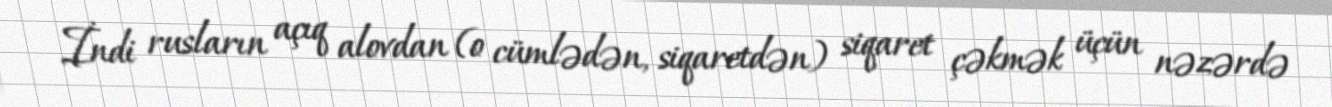
İndi rusların açıq alovdan (o cümlədən, siqaretdən) siqaret çəkmək üçün nəzərdə